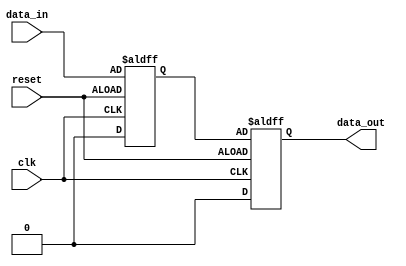
module transparent_latch_and_d_ff (
    input wire clk,
    input wire reset,
    input wire data_in,
    output reg data_out
);

reg temp_data;

// Transparent latch
always @(posedge clk or negedge reset) begin
    if (reset) begin
        temp_data <= 1'b0;
    end else begin
        temp_data <= data_in;
    end
end

// D flip-flop
always @(posedge clk or negedge reset) begin
    if (reset) begin
        data_out <= 1'b0;
    end else begin
        data_out <= temp_data;
    end
end

endmodule